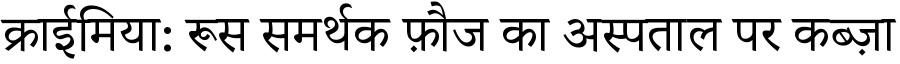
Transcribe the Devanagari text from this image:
क्राईमिया: रूस समर्थक फ़ौज का अस्पताल पर कब्ज़ा